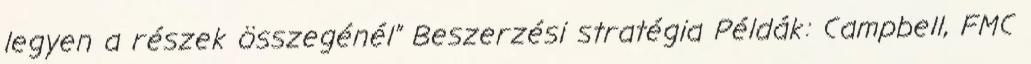
legyen a részek összegénél” Beszerzési stratégia Példák: Campbell, FMC